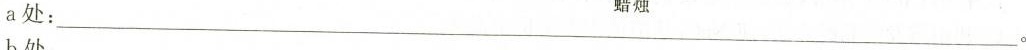
a处：___。